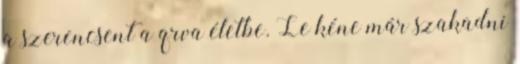
a szerencsent a qrva életbe. Le kéne már szakadni